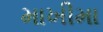
માખીમા